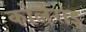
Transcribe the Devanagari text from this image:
कोलेराइ